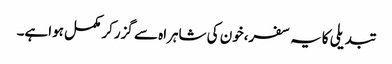
تبدیلی کایہ سفر،خون کی شاہراہ سے گزرکر مکمل ہواہے۔